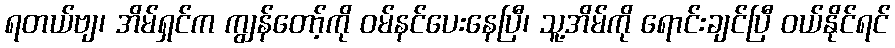
ရတယ်ဗျ၊ အိမ်ရှင်က ကျွန်တော့်ကို ဝမ်နင်ပေးနေပြီ၊ သူ့အိမ်ကို ရောင်းချင်ပြီ ဝယ်နိုင်ရင်